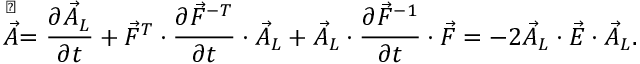
\stackrel { \triangledown } { \vec { A } } = \frac { \partial \vec { A } _ { L } } { \partial t } + \vec { F } ^ { T } \cdot \frac { \partial \vec { F } ^ { - T } } { \partial t } \cdot \vec { A } _ { L } + \vec { A } _ { L } \cdot \frac { \partial \vec { F } ^ { - 1 } } { \partial t } \cdot \vec { F } = - 2 \vec { A } _ { L } \cdot \vec { E } \cdot \vec { A } _ { L } .